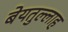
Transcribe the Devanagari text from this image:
बेयतुल्लाह